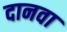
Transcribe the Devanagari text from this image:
दानवा